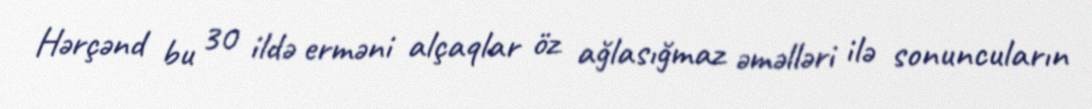
Hərçənd bu 30 ildə erməni alçaqlar öz ağlasığmaz əməlləri ilə sonuncuların